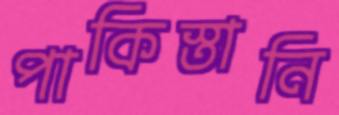
পাকিস্তানি